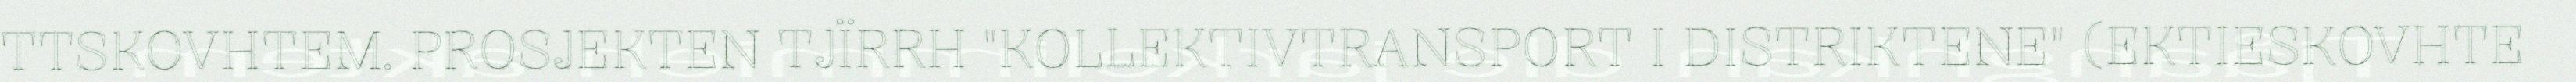
TTSKOVHTEM. PROSJEKTEN TJÏRRH "KOLLEKTIVTRANSPORT I DISTRIKTENE" (EKTIESKOVHTE